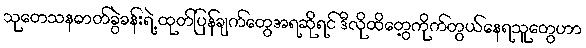
သုတေသနဓာတ်ခွဲခန်းရဲ့ ထုတ်ပြန်ချက်တွေအရဆိုရင် ဒီလိုထိတွေ့ကိုက်တွယ်နေရသူတွေဟာ